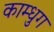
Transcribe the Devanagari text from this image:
काम्धुग